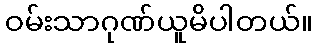
ဝမ်းသာဂုဏ်ယူမိပါတယ်။